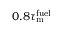
0 . 8 \tau _ { \mathrm { m } } ^ { \mathrm { f u e l } }